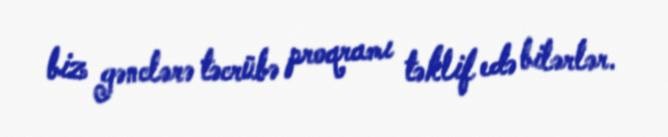
biz gənclərə təcrübə proqramı təklif edə bilərlər.